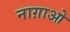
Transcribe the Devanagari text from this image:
नाग़ाओ